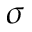
\sigma